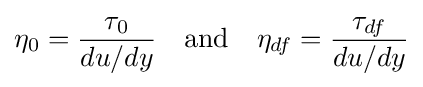
\eta _{0}={\frac {\tau _{0}}{du/dy}}\quad {\text{and}}\quad \eta _{df}={\frac {\tau _{df}}{du/dy}}